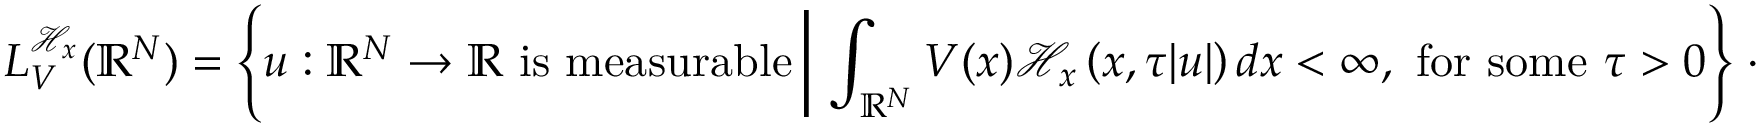
L _ { V } ^ { \mathcal { H } _ { x } } ( { \mathbb R } ^ { N } ) = \left\lbrace u : { \mathbb R } ^ { N } \rightarrow { \mathbb R } \ \mathrm { i s ~ m e a s u r a b l e } \left| \ \int _ { { \mathbb R } ^ { N } } V ( x ) \mathcal { H } _ { x } \left( x , \tau | u | \right) d x < \infty , \ \mathrm { f o r ~ s o m e } \ \tau > 0 \right\rbrace \right. \cdot